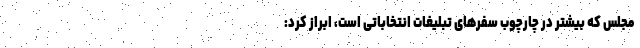
مجلس که بیشتر در چارچوب سفرهای تبلیغات انتخاباتی است، ابراز کرد: